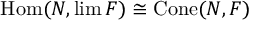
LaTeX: \operatorname { H o m } ( N , \operatorname* { l i m } F ) \cong \operatorname { C o n e } ( N , F )